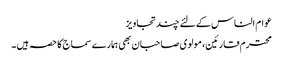
عوام الناس کے لئے چند تجاویز
محترم قارئین، مولوی صاحبان بھی ہمارے سماج کا حصہ ہیں ۔